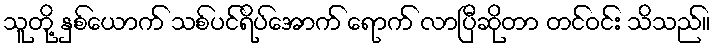
သူတို့ နှစ်ယောက် သစ်ပင်ရိပ်အောက် ရောက် လာပြီဆိုတာ တင်ဝင်း သိသည်။